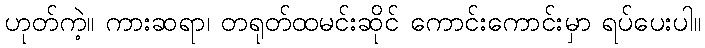
ဟုတ်ကဲ့။ ကားဆရာ၊ တရုတ်ထမင်းဆိုင် ကောင်းကောင်းမှာ ရပ်ပေးပါ။